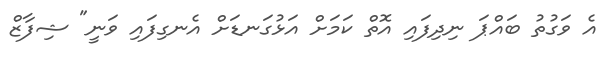
އެ ވަގުތު ބައްޕަ ނިދިފައި އޮތް ކަމަށް އަޅުގަނޑަށް އެނގިފައި ވަނީ" ޝިފާޒް